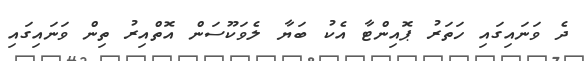
ދެ ވަނައިގައި ހަތަރު ޕޮއިންޓާ އެކު ބަޔާ ލެވަކޫސަން އޮތްއިރު ތިން ވަނައިގައި